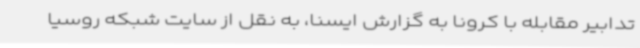
تدابیر مقابله با کرونا به گزارش ایسنا، به نقل از سایت شبکه روسیا